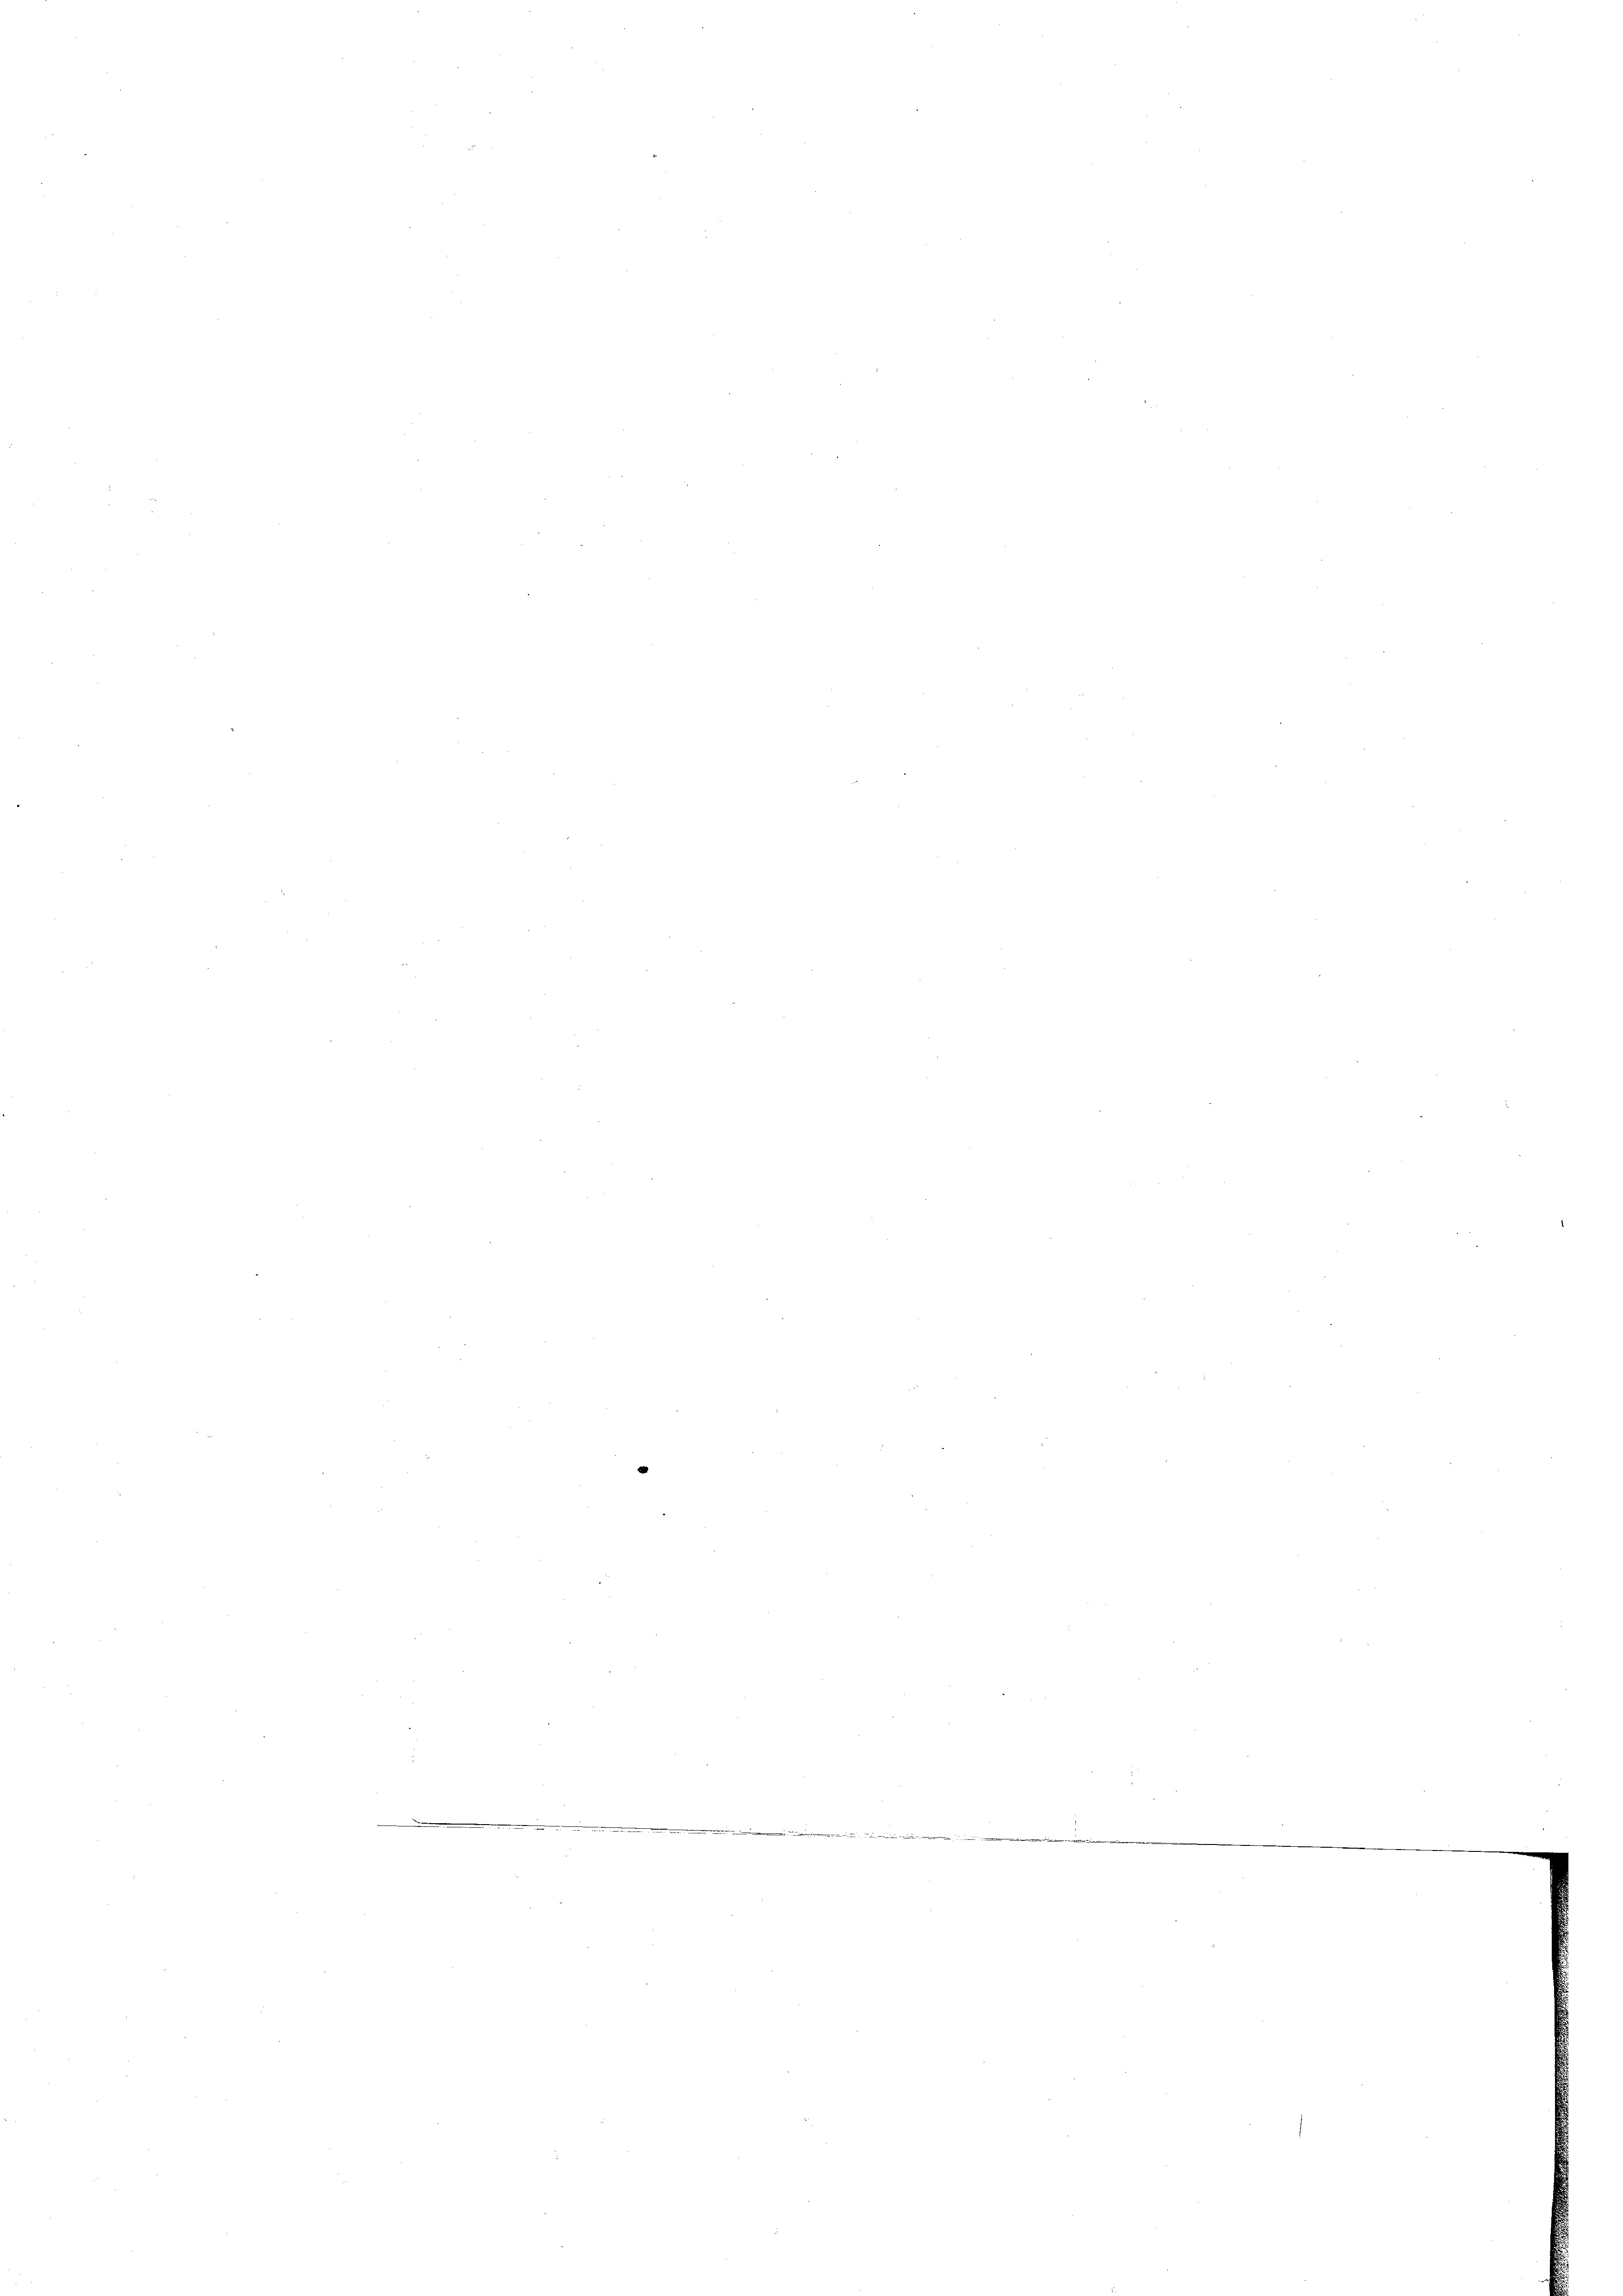
die N